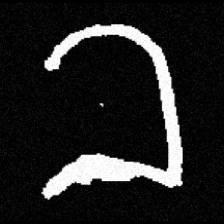
Pyu character \u2014 Myanmar letter: ခ (romanized: kha)